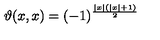
\vartheta ( x , x ) = ( - 1 ) ^ { \frac { \left| x \right| ( \left| x \right| + 1 ) } { 2 } }